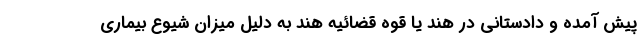
پیش آمده و دادستانی در هند یا قوه قضائیه هند به دلیل میزان شیوع بیماری